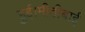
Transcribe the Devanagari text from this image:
हुई।मीठीबाई